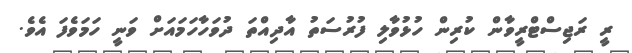
ރީ ރަޖިސްޓްރީވާން ކުރިން ހުޅުވާލި ފުރުސަތު އާދިއްތަ ދުވަހާހަމައަށް ވަނީ ހަމަވެފަ އެވެ.